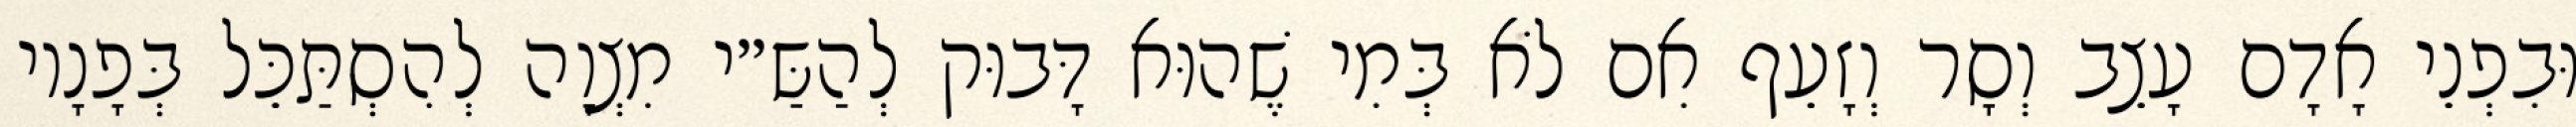
וּבִפְנֵי אָדָם עָצֵב וְסָר וְזָעֵף אִם לֹא בְּמִי שֶׁהוּא דָּבוּק לְהַשַּ״י מִצְוָה לְהִסְתַּכֵּל בְּפָנָיו